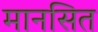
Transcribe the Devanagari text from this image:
मानसित